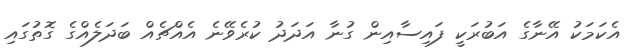
އެކަމަކު އޭނާގެ އަބުރަކީ ފައިސާއިން ގުނާ އަދަދު ކުރެވޭނެ އެއްޗެއް ބަދަލެއްގެ ގޮތުގައި